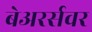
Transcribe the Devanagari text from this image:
बेअरर्सवर